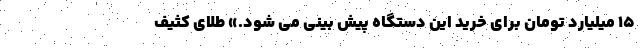
۱۵ میلیارد تومان برای خرید این دستگاه پیش بینی می شود.» طلای کثیف